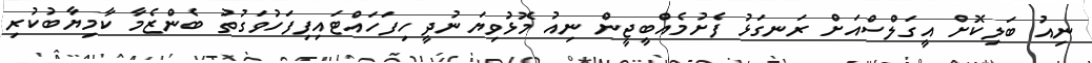
ނިއު ބަލިކޮށް އީގަލްސްއަށް ރަނގަޅު ފެށުމެއްބީޖީން ނިއު މޮޅުވިޔަނުދީ ހިފަހައްޓައިފިފަހުވަގުތު ބެންޒެމާ ކާމިޔާބުކުރި